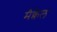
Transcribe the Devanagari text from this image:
मैक्वेल